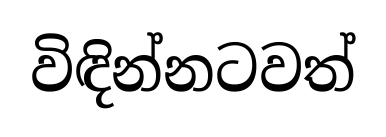
විඳින්නටවත්